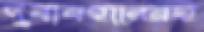
দুর্ব্যবহারেরই